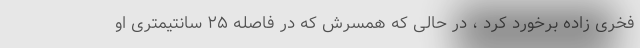
فخری زاده برخورد کرد ، در حالی که همسرش که در فاصله ۲۵ سانتیمتری او